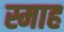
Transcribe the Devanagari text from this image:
स्माह